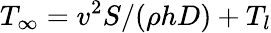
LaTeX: T_{\infty}=v^{2}S/(\rho hD)+T_{l}